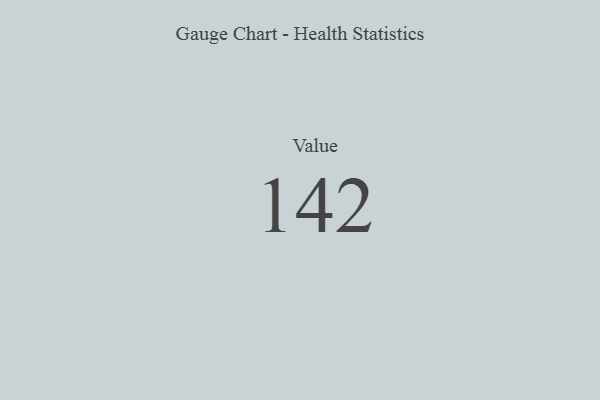
{"axis": {"x": "Metric", "y": "Value"}, "legend": [""], "data": [{"x": "Value", "y": 142, "type": ""}]}